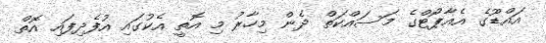
އައްޑޫގެ އެއާޕޯޓްގެ މަސައްކަތް ދެން މިހާރު މި އޮތީ އެކުގައި އުފެދިފައި އޮތް